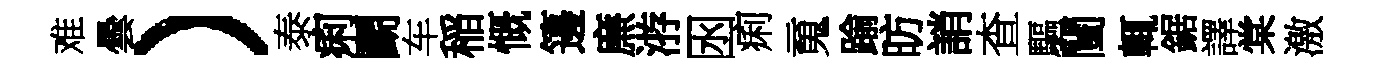
难曇）泰痢鬬车稲慨籩㢘㳺囦痢䰟踰昉誚查驅闉輒鋸譯棠激